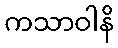
ကသာဝါနိ